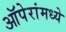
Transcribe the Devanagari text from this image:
ऑपेरांमध्ये